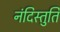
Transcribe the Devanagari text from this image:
नंदिस्तुति